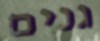
גנים